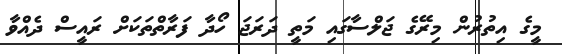
މީގެ އިތުރުން މިރޭގެ ޖަލްސާގައި މަތީ ދަރަޖަ ހޯދާ ފަރާތްތަކަށް ރައީސް ދެއްވާ